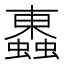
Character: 𧓕